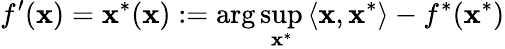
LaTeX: f^{\prime}(\mathbf{x})=\mathbf{x}^{*}(\mathbf{x}):=\arg\operatorname*{sup}_{\mathbf{x}^{*}}{\langle\mathbf{x},\mathbf{x}^{*}\rangle}-f^{*}(\mathbf{x}^{*})